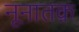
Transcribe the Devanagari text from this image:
नूनातक़